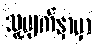
သူ့မျက်နှာမှာ